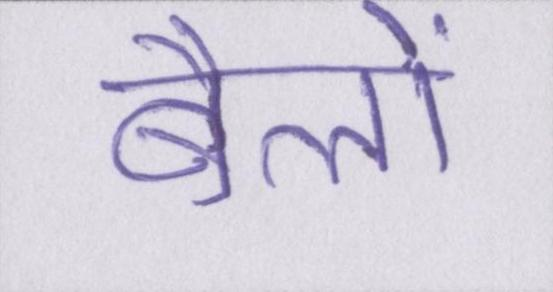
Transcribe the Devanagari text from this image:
बैलों